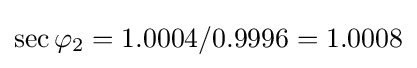
\sec \varphi _{2}=1.0004/0.9996=1.0008